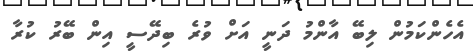
އެހެންކަމުން ލިބޭ އާންމު ދަނީ އަށް ވުރެ ބިދޭސީ އިން ބޭރު ކުރާ